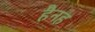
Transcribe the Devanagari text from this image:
हैनह